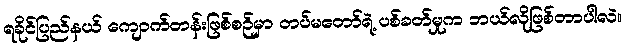
ရခိုင်ပြည်နယ် ကျောက်တန်းဖြစ်စဉ်မှာ တပ်မတော်ရဲ့ ပစ်ခတ်မှုက ဘယ်လိုဖြစ်တာပါလဲ။